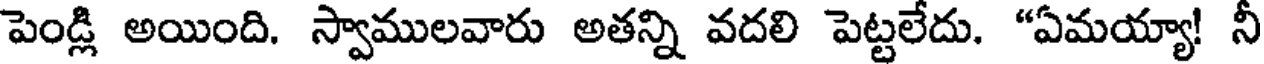
పెండ్లి అయింది. స్వాములవారు అతన్ని వదలి పెట్టలేదు. "ఏమయ్యా! నీ